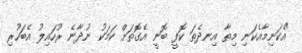
"އެކަނިމާއެކަނި މިތާ އިނދެތަ ކޮފީ ބޮނީ އެގޮތަށް ކަމަކު ނުދާނެ ރުހައިލު އެބަހުރި